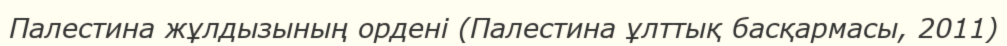
Палестина жұлдызының ордені (Палестина ұлттық басқармасы, 2011)